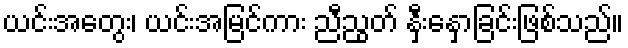
ယင်းအတွေး၊ ယင်းအမြင်ကား ညီညွတ် နှီးနှောခြင်းဖြစ်သည်။